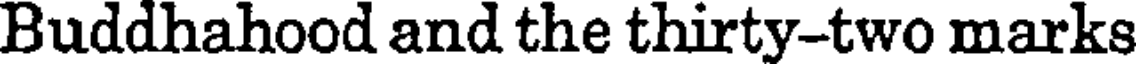
Buddhahood and the thirty-two marks